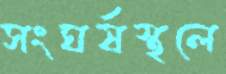
সংঘর্ষস্থলে